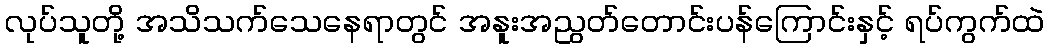
လုပ်သူတို့ အသိသက်သေနေရာတွင် အနူးအညွတ်တောင်းပန်ကြောင်းနှင့် ရပ်ကွက်ထဲ